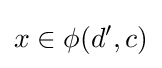
x\in \phi (d',c)